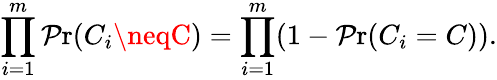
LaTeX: \prod_{i=1}^{m}\operatorname*{\mathcal{P}r}(C_{i}\neqC)=\prod_{i=1}^{m}(1-\operatorname*{\mathcal{P}r}(C_{i}=C)).